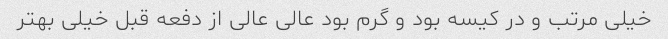
خیلی مرتب و در کیسه بود و گرم بود عالی عالی از دفعه قبل خیلی بهتر